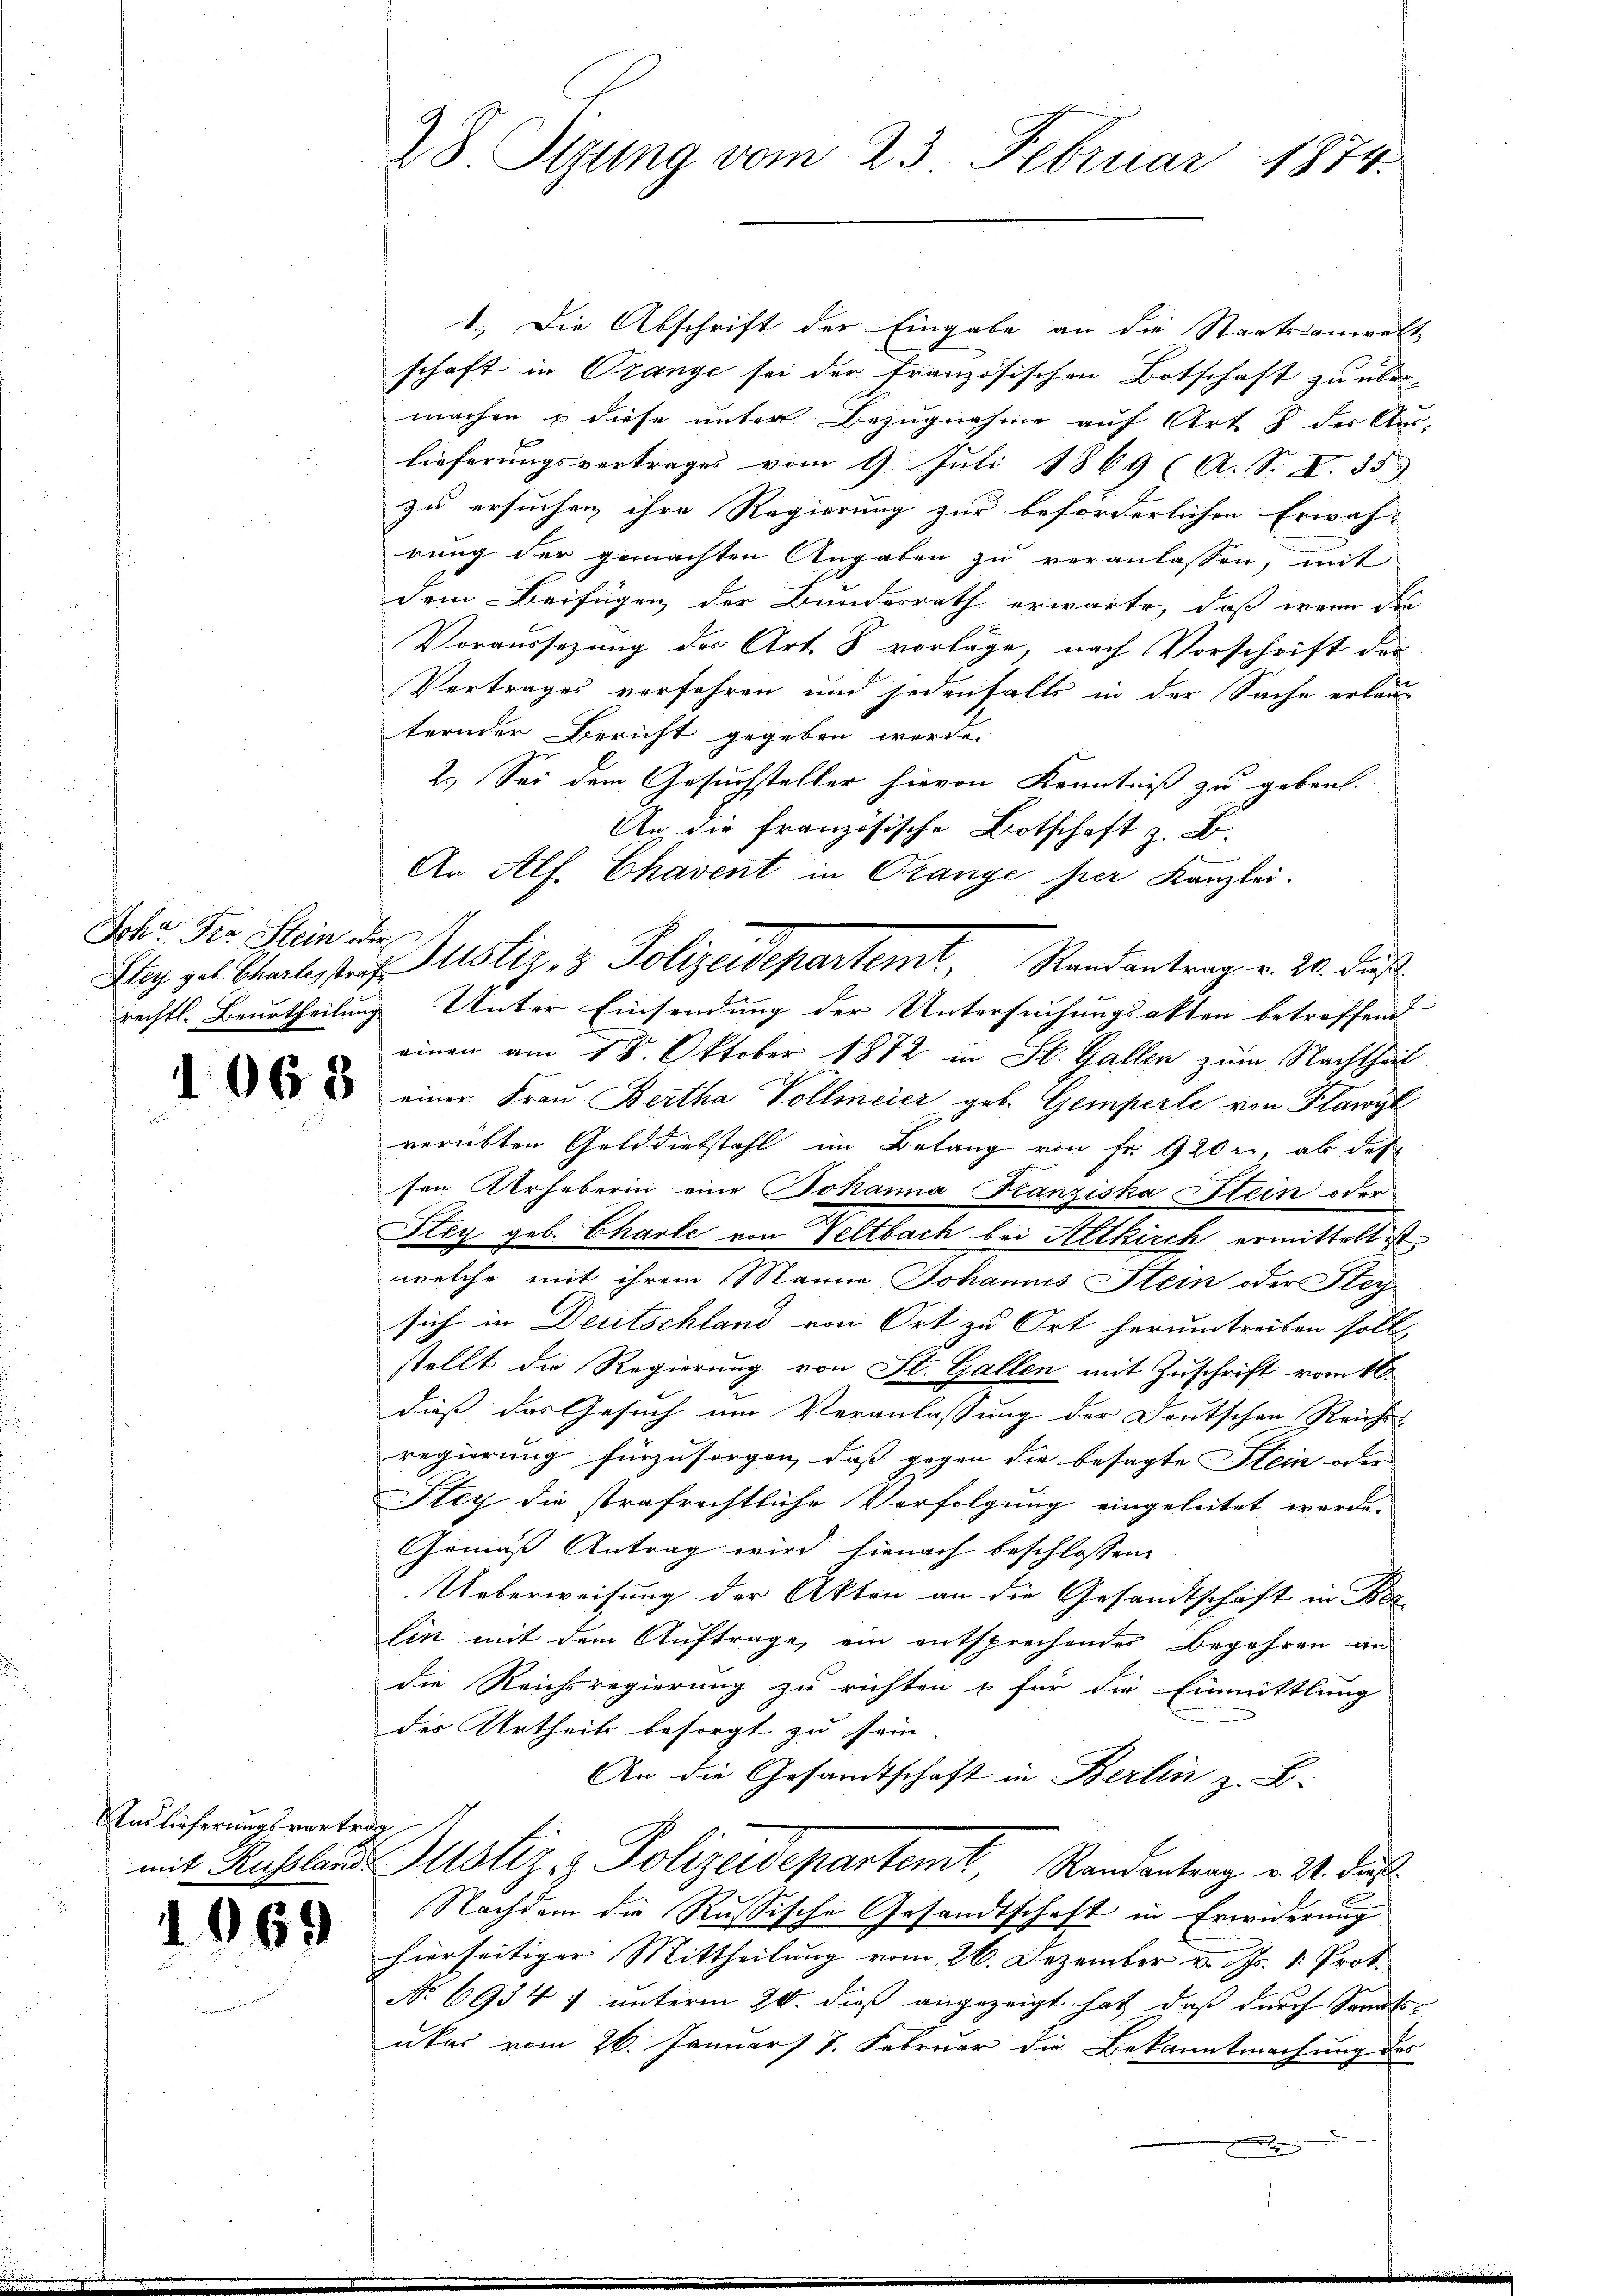
Ichr Pra Stein oder

1068

Auslieferungsvertrag

19

)

28 Syung vom 23. Februar 1874.

1.) Die Abschrift der Eingabe an die Staatsanwalt
schaft in Orange sei der französischen Botschaft zu über-
machen u diese unter Bezugnahme auf Art. 8 der Aus-
lieferungsvertrages vom 9. Juli 1869 (A. S. X. 33
zu ersuchen ihre Regierung zur beförderlichen Erwäh-
rung der gemachten Angaben zu veranlassen, mit
dem Beifügen der Bundesrath erwarte, daß wenn die
Voraussezung des Art 5 vorlage, nach Vorschrift der
Vertrages verfahren und jedenfalls in der Sache erlau
ternder Bericht gegeben werde.
2.) Sei dem Gesuchsteller hievon Kenntniß zu gebent.
An die französische Botschaft z. B.
An Alf Chavent in Orange hier Kanzlei.
rechtl. Beurtheilung Unter Einsendung der Untersuchungsakten betreffend
einen am 18. Oktober 1872 in St. Gallen zum Nachtheil
einer Frau Bertha Vollmeier geb. Gemperle von Flawyl
verübten Gelddiebstahl im Belang von Fr. 920 r, ab das
sen Urheberin eine Johanna Franziska Stein oder
Stey geb. Charle von Veltbach bei Altkirch ermittelt ist.
welche mit ihrem Manne Johannes Stein oder Stey-
sich in Deutschland von Ort zu Ort herumtreiten soll
stellt die Regierung von St. Gallen mit Zuschrift vom 16.
dieß das Gesuch um Veranlassung der Deutschen Reiche
regierung fürzusorgen, dass gegen die besagte Stein oder |
ley die strafrechtliche Verfolgung eingeleitet werde.
Gemäß Antrag wird hienach beschlossene
Ueberweisung der Akten an die Gesandtschaft in Bez
lin mit dem Auftrage, ein entsprechender Begehren an
die Reichsregierung zu richten u für die Einmittlung
des Urtheils besorgt zu sein.
An die Gesandtschaft in Berlin z. B.
mit Russlaus Altstiz & Polizeidepartemt, Randantrag v. 21. durf
Nachdem die Russische Gesandtschaft in Erwiderung
hierseitiger Mittheilung vom 26. Dezember v. Js. 1. Prof.
No. 693 47 unterm 20. dieß angezeigt hat, daß durch Sanats-
ukas vom 26. Januar 7. Februar die Bekanntmachung des

Plag des Strale, traf Justiz & Polizeidepartemt, Randantrag v. 20. Fuß